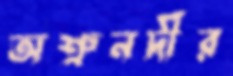
অশ্রুনদীর